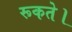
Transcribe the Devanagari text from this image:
रूकते।